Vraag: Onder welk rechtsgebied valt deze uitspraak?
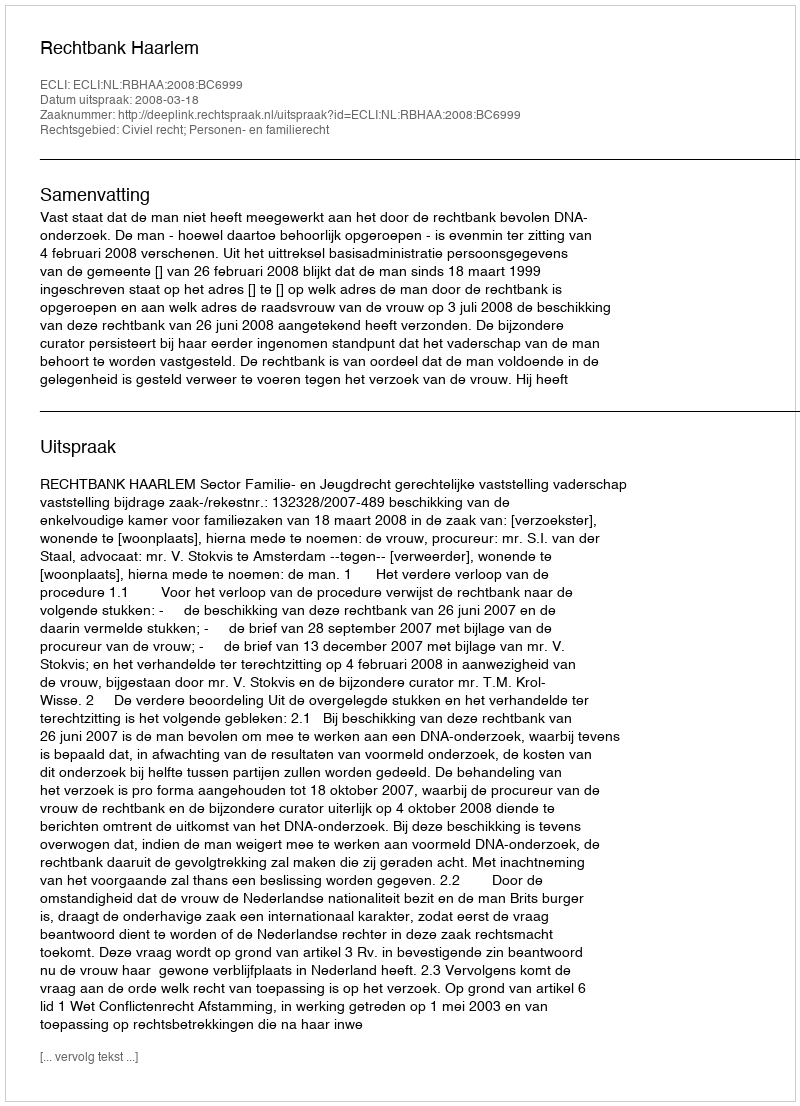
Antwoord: Civiel recht; Personen- en familierecht